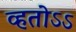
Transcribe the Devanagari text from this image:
व्हतोऽऽ